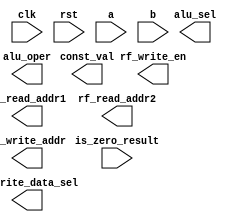
module GcdFSM(
    input clk,
    input rst,
    input [31:0] a,
    input [31:0] b,
    input is_zero_result,
    output reg [4:0] rf_read_addr1,
    output reg [4:0] rf_read_addr2,
    output reg [4:0] rf_write_addr,
    output reg rf_write_en,
    output reg rf_write_data_sel,
    output reg [31:0] const_val,
    output reg alu_sel,
    output reg [1:0] alu_oper
);

endmodule